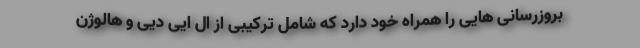
بروزرسانی هایی را همراه خود دارد که شامل ترکیبی از ال ایی دیی و هالوژن